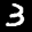
Label: 3